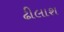
ઢીલાશ